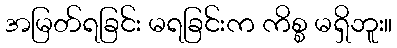
အမြတ်ရခြင်း မရခြင်းက ကိစ္စ မရှိဘူး။